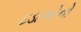
દડાઓનો